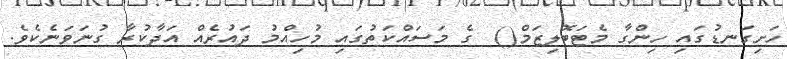
ހަށިގަނޑުގައި ހިންގާ މެޓަބޮލިޒަމް()  ގެ މަސައްކަތުގައި މުހިއްމު ދައުރެއް އަދާކުރާ ގުނަވަނެކެވެ.